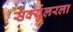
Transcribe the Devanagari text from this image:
सर्क्युलरला